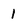
Character: 1